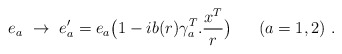
\begin{align*}e_a\ \rightarrow\ e_a'=e_a \big (1-ib(r)\gamma_a^T.\frac{x^T}{r}\big )\ \ \ \ \ (a=1,2)\ .\end{align*}